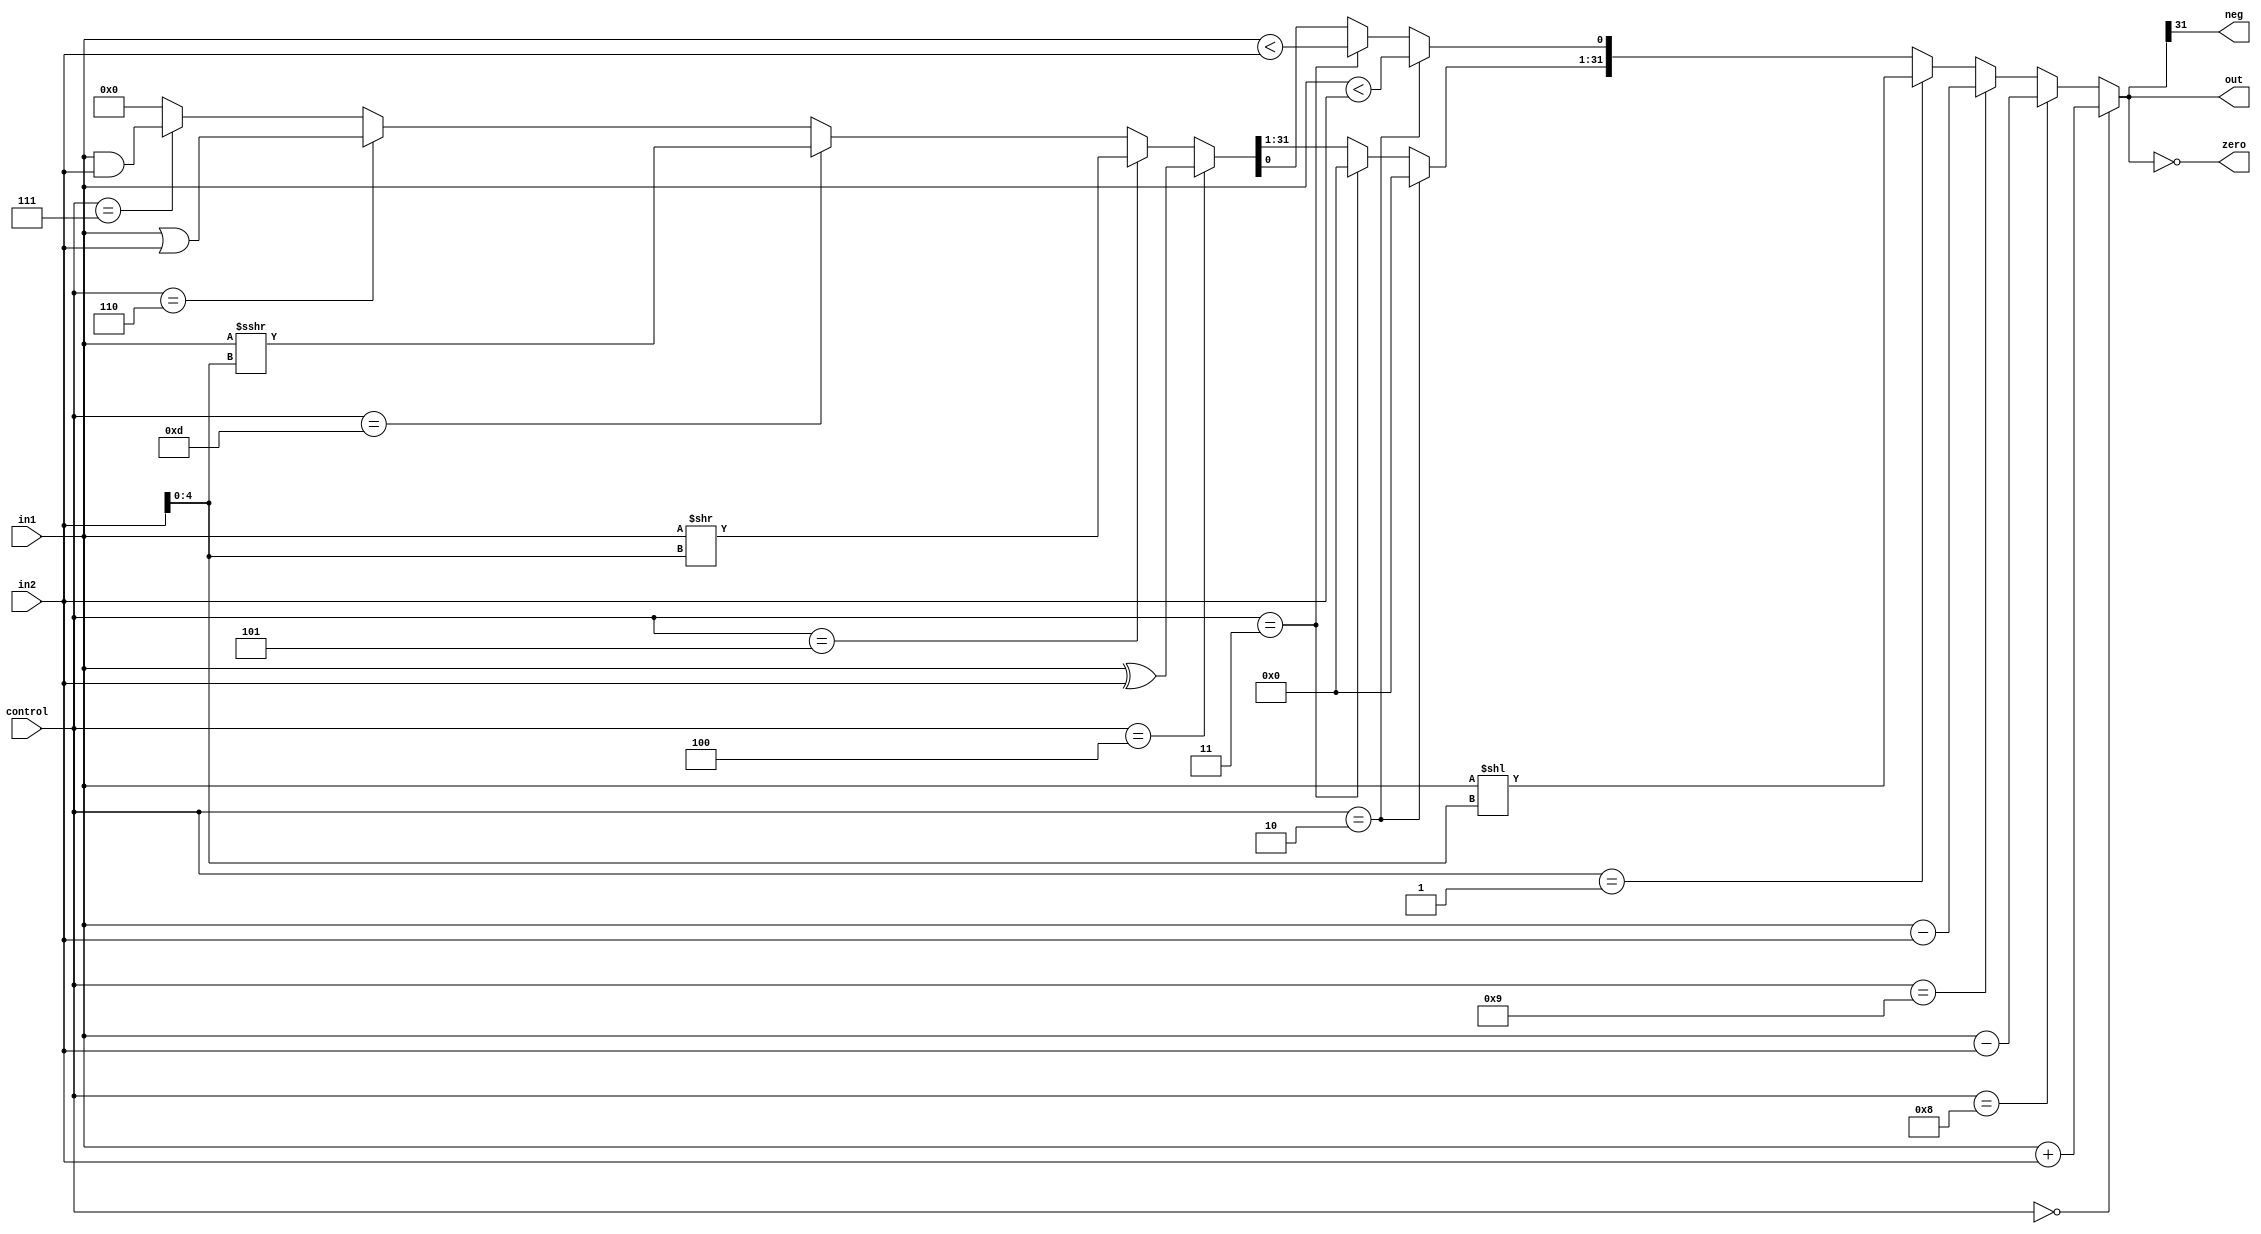
// simple verilog implementation of an alu

//allows to have unused signals
/* verilator lint_off UNUSED */

module alu(
in1, in2, control, out, zero, neg
);

input wire [31:0] in1;
input wire [31:0] in2;
input wire [3:0] control; //operation selection, linked with riscv doc
output wire [31:0] out;
output wire zero; //is result equals to 0?
output wire neg; //is result negative?

reg [31:0] acc;
reg reg_zero;
reg reg_neg;

always @*
begin
   if (control == 4'b0000) begin //addition
      acc = in1 + in2;

   end else if (control == 4'b1000) begin //sub
      acc = in1 - in2;

   end else if (control == 4'b1001) begin //subs (signed sub)
      acc = ($signed(in1) - $signed(in2));

   end else if (control == 4'b0001) begin //sll
      acc = in1 << in2[4:0];

   end else if (control == 4'b0010) begin //slt
      acc[0] = ($signed(in1) < $signed(in2));
      acc[31:1] = 31'h0;

   end else if (control == 4'b0011) begin //sltu
      acc[0] = (in1 < in2);
      acc[31:1] = 31'h0;

   end else if (control == 4'b0100) begin //xor
      acc = in1 ^ in2;

   end else if (control == 4'b101) begin //srl
      acc = in1 >> in2[4:0];

   end else if (control == 4'b1101) begin //sra (arith. shift)
      acc = $signed(in1) >>> in2[4:0];

   end else if (control == 4'b110) begin //or
      acc = in1 | in2;

   end else if (control == 4'b111) begin //and
      acc = in1 & in2;

   end else begin
      acc = 32'h0;
   end

   reg_neg = (acc[31] == 1'b1);
   reg_zero = (acc == 32'h0);

end

// must modify
assign out  = acc;
assign neg  = reg_neg;
assign zero = reg_zero;

endmodule